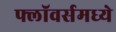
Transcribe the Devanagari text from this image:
फ्लॉवर्समध्ये